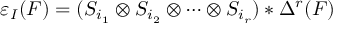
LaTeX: \varepsilon _ { I } ( F ) = ( S _ { i _ { 1 } } \otimes S _ { i _ { 2 } } \otimes \cdots \otimes S _ { i _ { r } } ) * \Delta ^ { r } ( F )